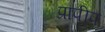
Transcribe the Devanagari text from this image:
प्रापीप